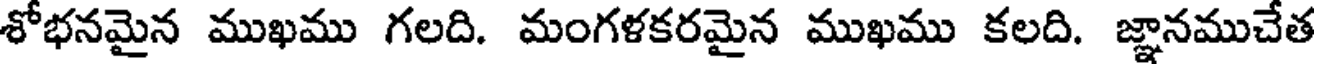
శోభనమైన ముఖము గలది. మంగళకరమైన ముఖము కలది. జ్ఞానముచేత